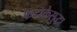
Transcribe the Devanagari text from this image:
फटाकेसुद्धा